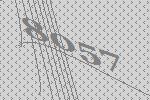
8057